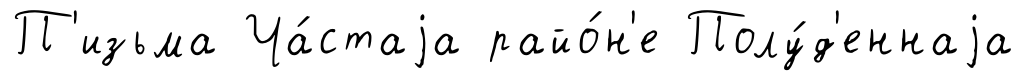
П'изьма Ча́стаjа райо́н'е Полу́д'еннаjа